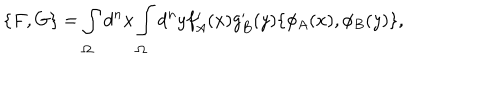
\{ F , G \} = \int _ { \Omega } d ^ { n } x \int _ { \Omega } d ^ { n } y f _ { A } ^ { \prime } ( x ) g _ { B } ^ { \prime } ( y ) \{ \phi _ { A } ( x ) , \phi _ { B } ( y ) \} ,